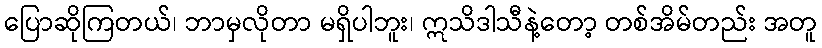
ပြောဆိုကြတယ်၊ ဘာမှလိုတာ မရှိပါဘူး၊ ဣသိဒါသီနဲ့တော့ တစ်အိမ်တည်း အတူ